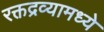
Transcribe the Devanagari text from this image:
रक्तद्रव्यामध्ये